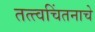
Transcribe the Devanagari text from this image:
तत्त्वचिंतनाचे